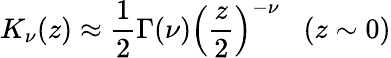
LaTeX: K_{\nu}(z)\approx\frac{1}{2}\Gamma(\nu)\left(\frac{z}{2}\right)^{-\nu}\; \; \; (z\sim 0)